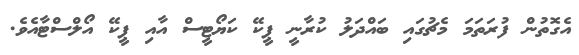
އެގޮތުން ފުރަތަމަ މެޗުގައި ބައްދަލު ކުރާނީ ޕީކޭ ކަޔޯޓީސް އާއި ޕީކޭ އޯލްސްޓާއެވެ.